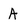
Character: A